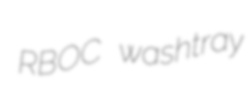
RBOC washtray